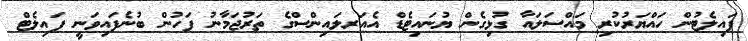
ޕައިލެޓުން ހައްޔަރުކުރި މައްސަލައާ ގުޅިގެން ޔުނައިޓެޑް އެއަރލައިންސްގެ ތަރުޖަމާނު ފަހުން ބުނެފައިވަނީ ޕައިލެޓް